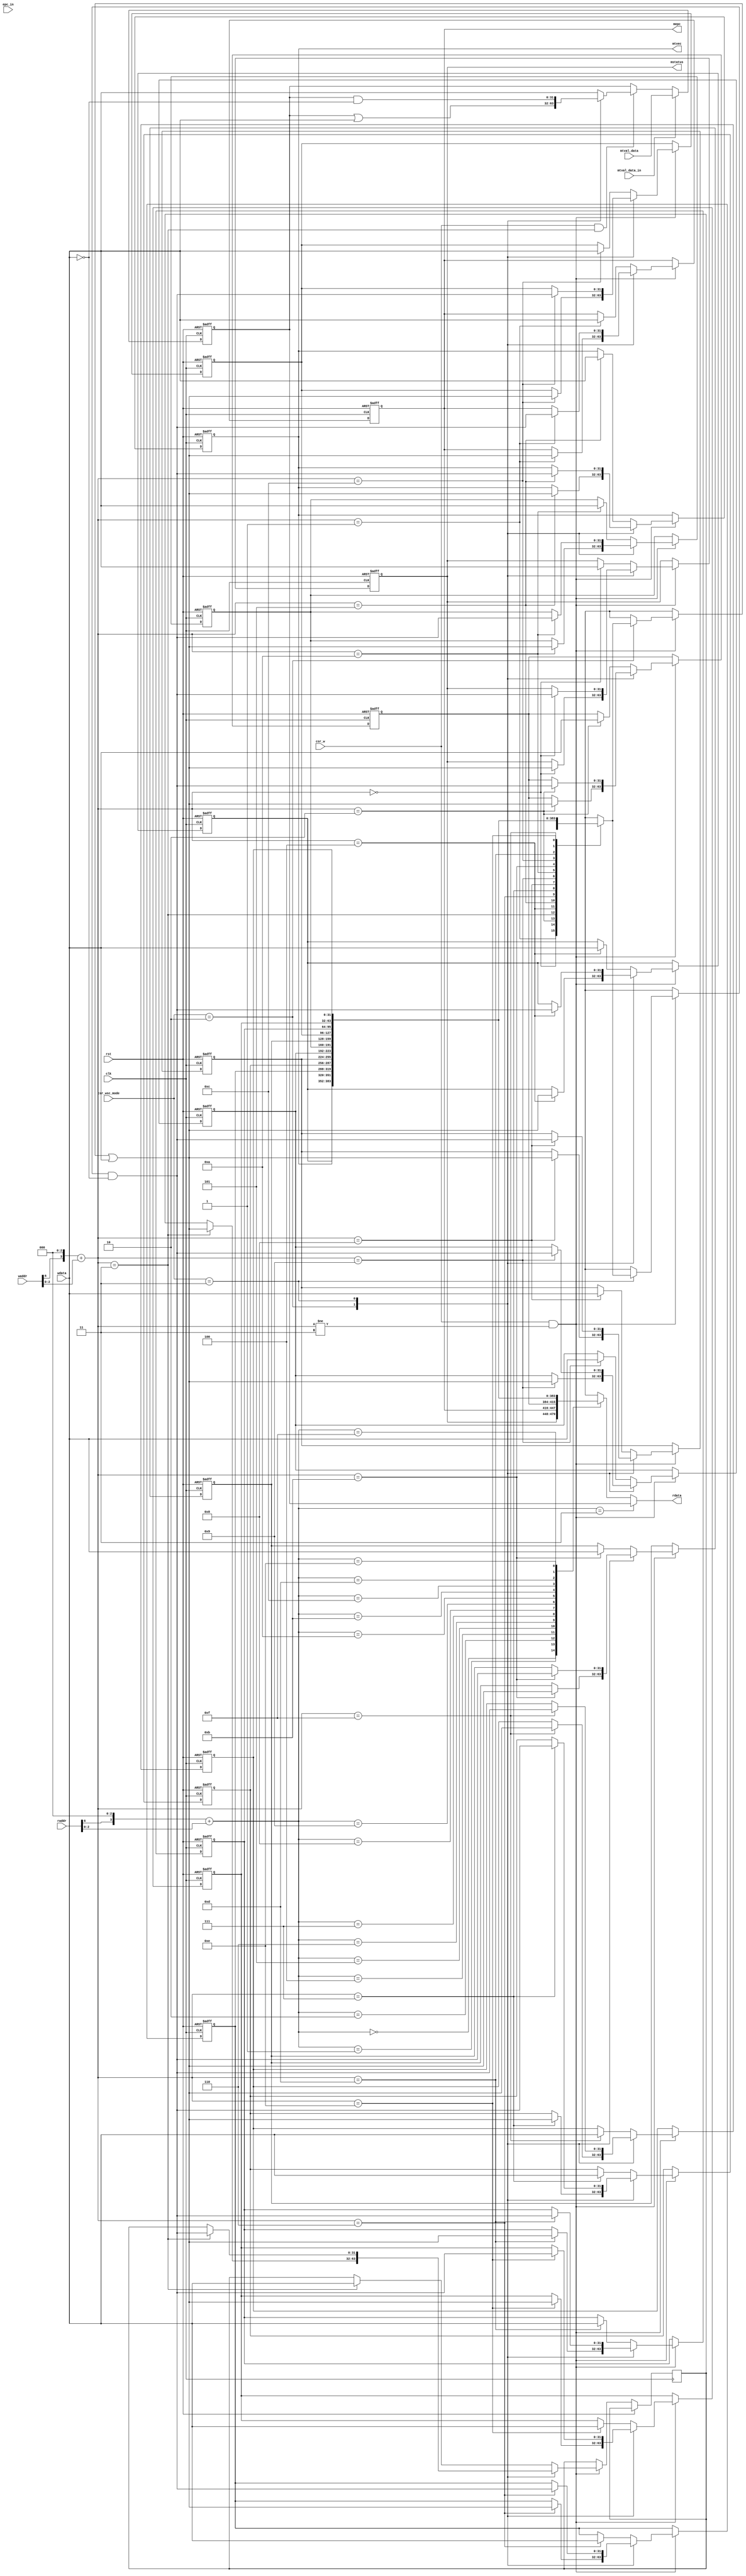
`timescale 1ns / 1ps

module CSRRegs(
    input clk, rst,
    input[11:0] raddr, waddr,
    input[31:0] wdata,
    input csr_w,
    input[1:0] csr_wsc_mode,
    input[31:0] epc_in,
    input[31:0] mtval_data,
    input mtval_data_in,

    output[31:0] rdata,
    output[31:0] mstatus,
    output[31:0] mepc,
    output[31:0] mtvec
);
    // You may need to modify this module for better efficiency
    
    reg[31:0] CSR [0:15];

    assign mepc = CSR[1];
    assign mtvec = CSR[5];

    // Address mapping. The address is 12 bits, but only 4 bits are used in this module.
    wire raddr_valid = raddr[11:7] == 5'h6 && raddr[5:3] == 3'h0;
    wire[3:0] raddr_map = (raddr[6] << 3) + raddr[2:0];
    wire waddr_valid = waddr[11:7] == 5'h6 && waddr[5:3] == 3'h0;
    wire[3:0] waddr_map = (waddr[6] << 3) + waddr[2:0];

    assign mstatus = CSR[0];
    reg [31:0] mtval;
    reg [31:0] rdata_val;
    
    assign rdata = rdata_val;

    always@(*) begin
        if(raddr_map == 3) begin
            rdata_val = mtval;
        end else begin
            rdata_val = CSR[raddr_map];
        end
    end

    always@(posedge clk or posedge rst) begin
        if(rst) begin
            mtval <= 0;
        end
        else if(mtval_data_in) begin
            mtval <= mtval_data;
        end else if(csr_w & waddr_map == 3) begin
            case(csr_wsc_mode)
                2'b01: mtval <= wdata;
                2'b10: mtval <= mtval | wdata;
                2'b11: mtval <= mtval & ~wdata;
                default: mtval <= wdata;
            endcase    
        end
    end

    always@(posedge clk or posedge rst) begin
        if(rst) begin
			CSR[0] <= 32'h88;
			CSR[1] <= 0;
			CSR[2] <= 0;
			CSR[4] <= 32'hfff;
			CSR[5] <= 0;
			CSR[6] <= 0;
			CSR[7] <= 0;
			CSR[8] <= 0;
			CSR[9] <= 0;
			CSR[10] <= 0;
			CSR[11] <= 0;
			CSR[12] <= 0;
			CSR[13] <= 0;
			CSR[14] <= 0;
			CSR[15] <= 0;
		end
        else if(csr_w && waddr_map != 3) begin
            case(csr_wsc_mode)
                2'b01: CSR[waddr_map] <= wdata;
                2'b10: CSR[waddr_map] <= CSR[waddr_map] | wdata;
                2'b11: CSR[waddr_map] <= CSR[waddr_map] & ~wdata;
                default: CSR[waddr_map] <= wdata;
            endcase            
        end
    end
endmodule